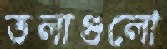
তলাগুলো